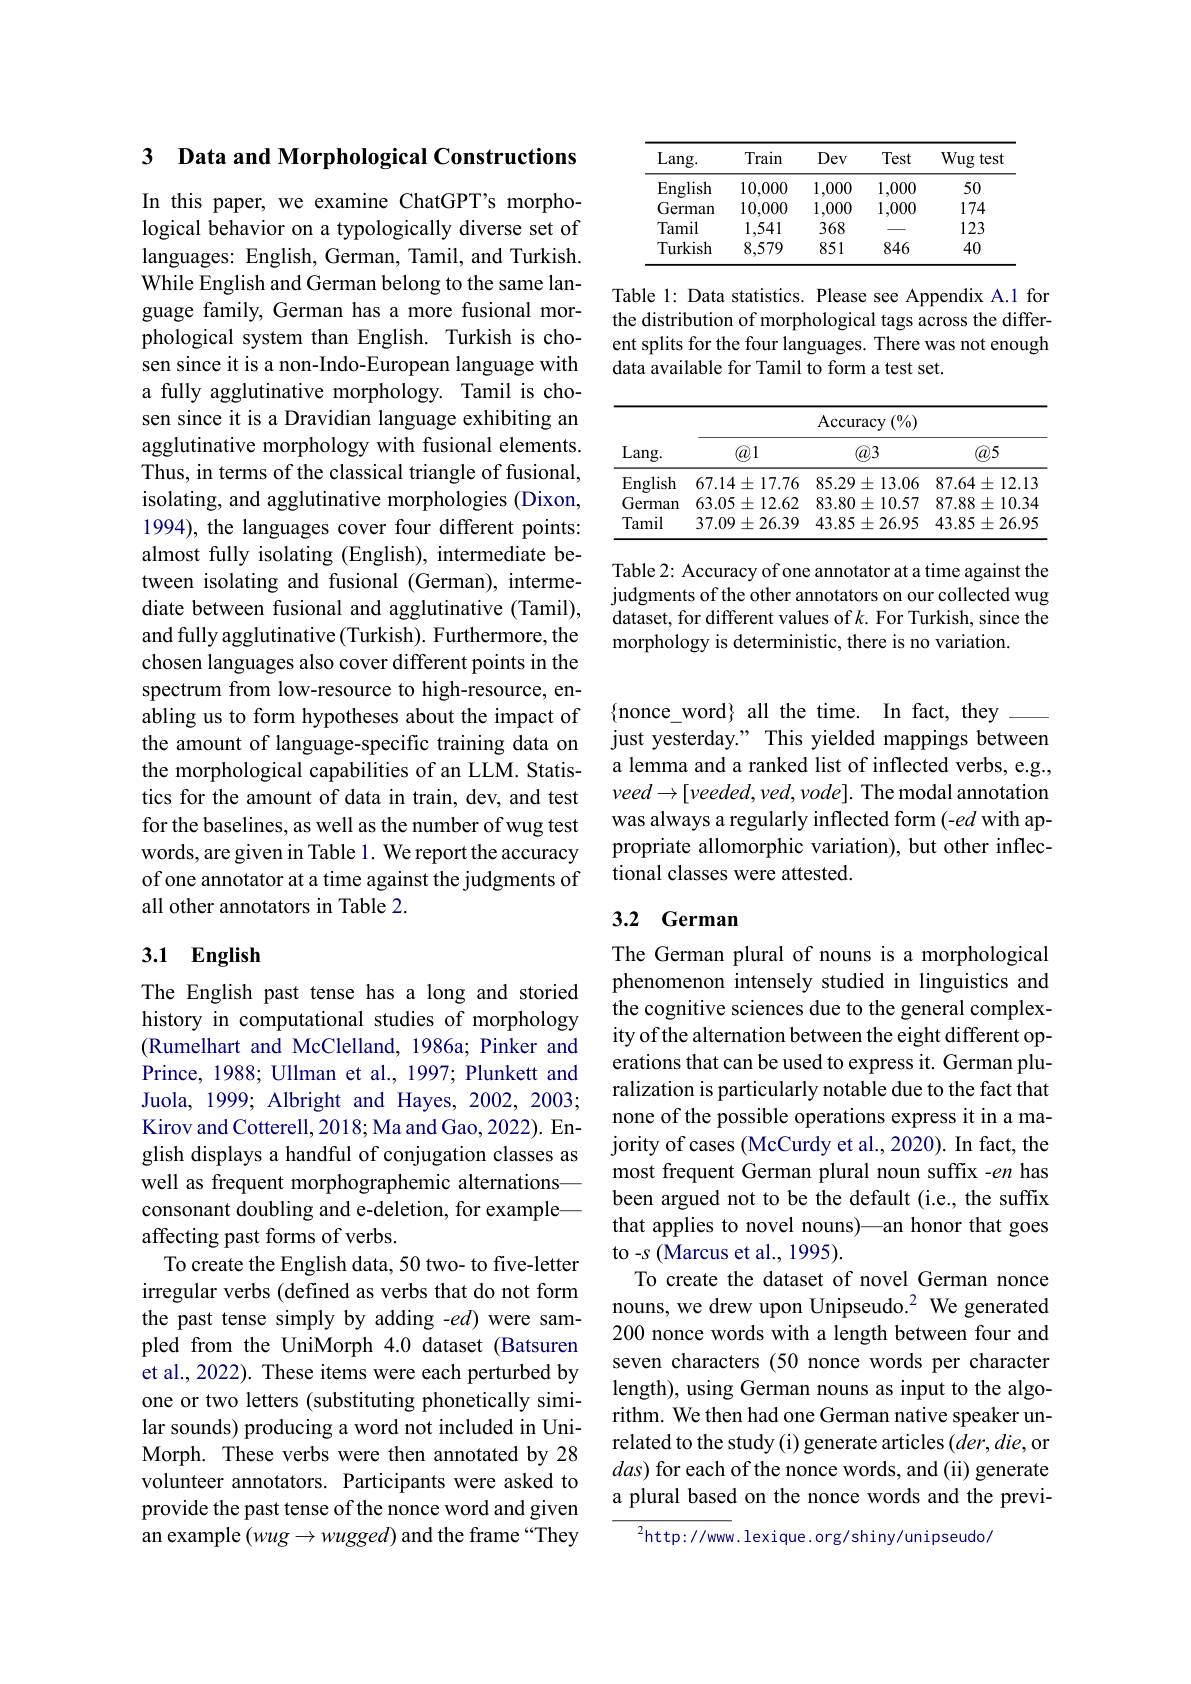
3 Data and Morphological Constructions

In this paper, we examine ChatGPT's morphological behavior on a typologically diverse set of languages: English, German, Tamil, and Turkish. While English and German belong to the same lanphological system than English. Turkish is chosen since it is a non-Indo-European language with a fully agglutinative morphology. Tamil is chosen since it is a Dravidian language exhibiting an agglutinative morphology with fusional elements. Thus, in terms of the classical triangle of fusional, isolating, and agglutinative morphologies (Dixon, 1994), the languages cover four different points: almost fully isolating (English), intermediate between isolating and fusional (German), intermediate between fusional and agglutinative (Tamil), and fully agglutinative (Turkish). Furthermore, the chosen languages also cover different points in the spectrum from low-resource to high-resource, enabling us to form hypotheses about the impact of the amount of language-specific training data on the morphological capabilities of an LLM. Statistics for the amount of data in train, dev, and test for the baselines, as well as the number of wug test words, are given in Table 1. We report the accuracy of one annotator at a time against the judgments of all other annotators in Table 2.

## 3.1 English

The English past tense has a long and storied history in computational studies of morphology (Rumelhart and McClelland, 1986a; Pinker and Prince, 1988; Ullman et al., 1997; Plunkett and Juola, 1999; Albright and Hayes, 2002, 2003; Kirov and Cotterell, 2018; Ma and Gao, 2022). English displays a handful of conjugation classes as well as frequent morphographemic alternationsconsonant doubling and e-deletion, for exampleaffecting past forms of verbs.
To create the English data, 50 two- to five-letter irregular verbs (defined as verbs that do not form the past tense simply by adding -ed) were sampled from the UniMorph 4.0 dataset (Batsuren et al., 2022). These items were each perturbed by one or two letters (substituting phonetically similar sounds) producing a word not included in UniMorph. These verbs were then annotated by 28 volunteer annotators. Participants were asked to provide the past tense of the nonce word and given an example $(wug\to wugged)$ and the frame “They

<table>
	<tbody>
		<tr>
			<th>Lang. </th>
			<th>Train</th>
			<th>Dev</th>
			<th>Test</th>
			<th>Wug test</th>
		</tr>
		<tr>
			<td>$\operatorname{English}$</td>
			<td>10,000</td>
			<td>1,000</td>
			<td>1,000</td>
			<td>50</td>
		</tr>
		<tr>
			<td>German</td>
			<td>10,000</td>
			<td>1,000</td>
			<td>1,000</td>
			<td>174</td>
		</tr>
		<tr>
			<td>Tamil</td>
			<td>1,541</td>
			<td>368</td>
			<td> </td>
			<td>123</td>
		</tr>
		<tr>
			<td>Turkish</td>
			<td>8,579</td>
			<td>851</td>
			<td>846</td>
			<td>40</td>
		</tr>
	</tbody>
</table>

While Engısh and German belong to the same lan- Table l: Data statistics. Please see Appendix A.1 for guage family, German has a more fusional mor- the distribution of morphological tags across the differ-
the distribution of morphological tags across the different splits for the four languages. There was not enough data available for Tamil to form a test set.

<table>
	<tbody>
		<tr>
			<th rowspan="2">Lang. </th>
			<th colspan="3">$\operatorname{Accuracy}\left(\%\right)$</th>
		</tr>
		<tr>
			<th>$\textcircled{a}1$</th>
			<th>$\textcircled{a}3$</th>
			<th>$\textcircled{a}5$</th>
		</tr>
		<tr>
			<td>English</td>
			<td>$67.14\pm17.76$</td>
			<td>$85.29\pm13.06$</td>
			<td>$87.64\pm12.13$</td>
		</tr>
		<tr>
			<td>German</td>
			<td>$63.05\pm12.62$</td>
			<td>$83.80\pm10.57$</td>
			<td>87.88 $8\pm10.34$</td>
		</tr>
		<tr>
			<td>Tamil</td>
			<td>37.09 $9\pm26.39$</td>
			<td>$43.85\pm26.95$</td>
			<td>$43.85\pm26.95$</td>
		</tr>
	</tbody>
</table>

Table 2: Accuracy of one annotator at a time against the judgments of the other annotators on our collected wug dataset, for different values of $k.$ For Turkish, since the morphology is deterministic, there is no variation

{nonce\_word} all the time. In fact, they
just yesterday." This yielded mappings between a lemma and a ranked list of inflected verbs, e.g., $veed\to[veeded,ved,vode].$ The modal annotation was always a regularly inflected form (-ed with appropriate allomorphic variation), but other inflectional classes were attested.

## 3.2 German

The German plural of nouns is a morphological phenomenon intensely studied in linguistics and the cognitive sciences due to the general complexity of the alternation between the eight different operations that can be used to express it. German pluralization is particularly notable due to the fact that none of the possible operations express it in a majority of cases (McCurdy et al., 2020). In fact, the most frequent German plural noun suffix -en has been argued not to be the default (i.e., the suffix that applies to novel nouns)—an honor that goes to -s (Marcus et al., 1995).
To create the dataset of novel German nonce nouns, we drew upon Unipseudo.2 We generated 200 nonce words with a length between four and seven characters (50 nonce words per character length), using German nouns as input to the algorithm. We then had one German native speaker unrelated to the study (i) generate articles (der,die, or $das)$ for each of the nonce words, and (ii) generate a plural based on the nonce words and the previ-

$^{2}$http://www.lexique.org/shiny/unipseudo/